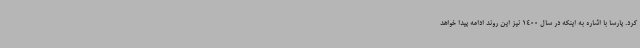
کرد. پارسا با اشاره به اینکه در سال 1400 نیز این روند ادامه پیدا خواهد